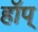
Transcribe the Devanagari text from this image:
हॉप्